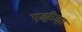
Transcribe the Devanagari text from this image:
एझीझा